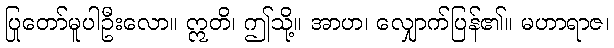
ပြုတော်မူပါဦးလော။ ဣတိ၊ ဤသို့။ အာဟ၊ လျှောက်ပြန်၏။ မဟာရာဇ၊